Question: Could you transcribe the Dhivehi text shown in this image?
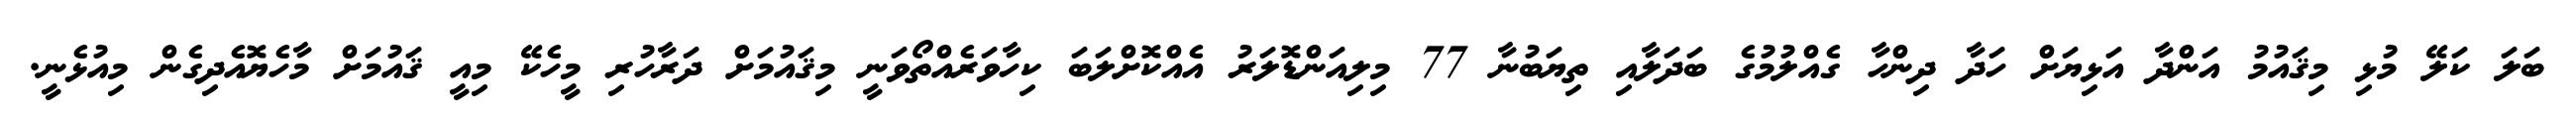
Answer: ބަލަ ކަލޭ މުޅި މިޤައުމު އަންދާ އަޅިޔަށް ހަދާ ދިންހާ ގެއްލުމުގެ ބަދަލާއި ތިޔަބުނާ 77 މިލިއަންޑޮލަރު އެއްކޮށްލަބަ ކިހާވަރެއްތޯވަނީ މިޤައުމަށް ދަރާހުރި މީހެކޭ މިއީ ޤައުމަށް މާހެޔޮއެދިގެން މިއުޅެނީ.